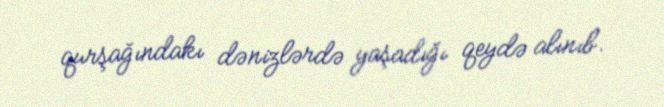
qurşağındakı dənizlərdə yaşadığı qeydə alınıb.